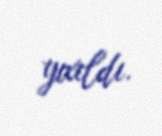
yıxıldı.